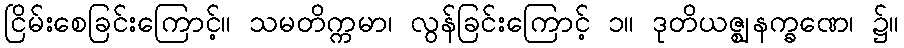
ငြိမ်းစေခြင်းကြောင့်။ သမတိက္ကမာ၊ လွန်ခြင်းကြောင့် ၁။ ဒုတိယဇ္ဈနက္ခဏေ၊ ၌။